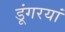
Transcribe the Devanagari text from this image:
डूंगरयां